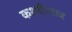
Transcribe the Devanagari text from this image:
कश्मीरराज